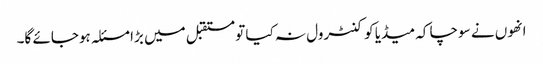
انھوں نے سوچا کہ میڈیا کو کنٹرول نہ کیا تو مستقبل میں بڑا مسئلہ ہوجائے گا۔